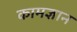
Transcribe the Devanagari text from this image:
कामज्ञान